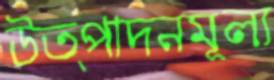
উত্পাদনমূল্য